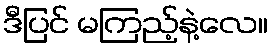
ဒီပြင် မကြည့်နဲ့လေ။